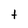
Character: t